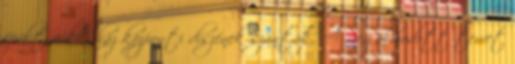
épült vidéki ház központi díszének szánták. A megálmodott tervet